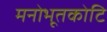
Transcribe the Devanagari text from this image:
मनोभूतकोटि